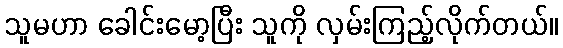
သူမဟာ ခေါင်းမော့ပြီး သူကို လှမ်းကြည့်လိုက်တယ်။